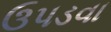
ઉપડવા